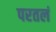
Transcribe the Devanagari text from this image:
परतलं